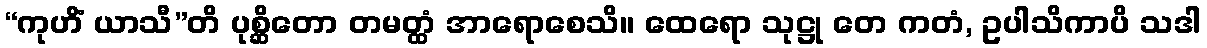
“ကုဟိံ ယာသီ”တိ ပုစ္ဆိတော တမတ္ထံ အာရောစေသိ။ ထေရော သုဋ္ဌု တေ ကတံ, ဥပါသိကာပိ သဒါ